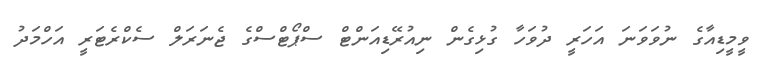
ވީމީޑިއާގެ ނުވަވަނަ އަހަރީ ދުވަހާ ގުޅިގެން ނިއުރޭޑިއަންޓް ސްޕޯޓްސްގެ ޖެނަރަލް ސެކްރެޓަރީ އަހްމަދު